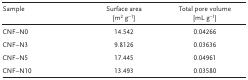
<table><thead><tr><td><b>Sample</b></td><td><b>Surface area [m<sup>2</sup> g<sup>−1</sup>]</b></td><td><b>Total pore volume [mL g<sup>−1</sup>]</b></td></tr></thead><tbody><tr><td>CNF–N0</td><td>14.542</td><td>0.04266</td></tr><tr><td>CNF–N3</td><td>9.8126</td><td>0.03636</td></tr><tr><td>CNF–N5</td><td>17.445</td><td>0.04961</td></tr><tr><td>CNF–N10</td><td>13.493</td><td>0.03580</td></tr></tbody></table>